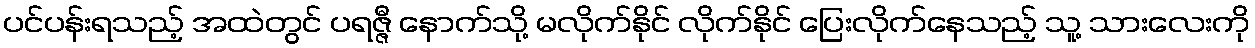
ပင်ပန်းရသည့် အထဲတွင် ပရဇ္ဇီ နောက်သို့ မလိုက်နိုင် လိုက်နိုင် ပြေးလိုက်နေသည့် သူ့ သားလေးကို